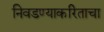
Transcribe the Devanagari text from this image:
निवडण्याकरिताचा